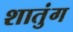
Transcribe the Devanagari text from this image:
शातुंग